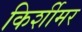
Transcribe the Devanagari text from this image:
किर्शीमर